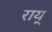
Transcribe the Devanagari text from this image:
राय्